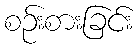
စဉ်းစားခြင်း